Annual report on the lock hospitals of the Madras Presidency
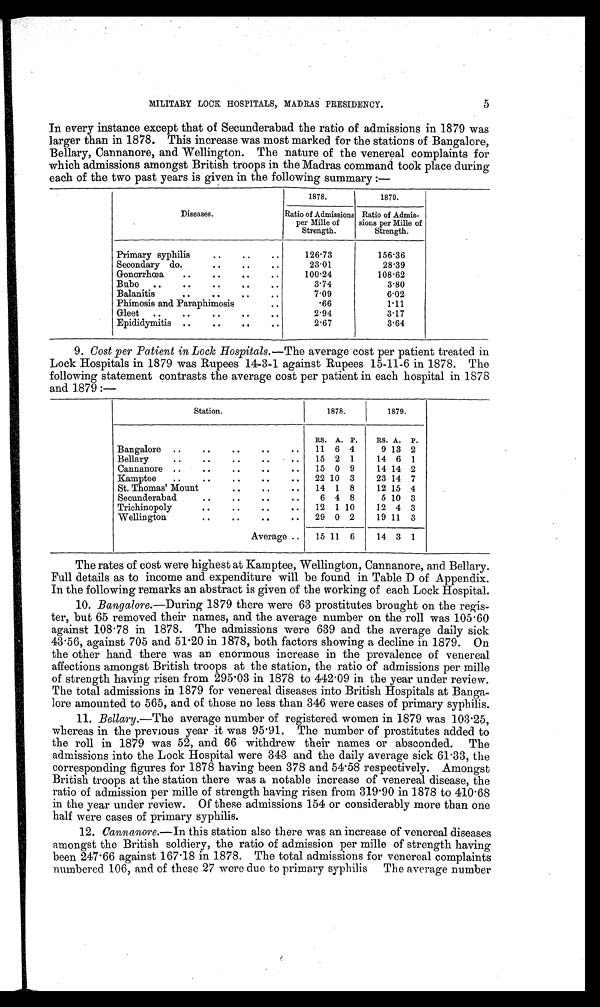
MILITARY LOCK HOSPITALS, MADRAS PRESIDENCY.
5
In every instance except that of Secunderabad the ratio of admissions in 1879 was
larger than in 1878. This increase was most marked for the stations of Bangalore,
Bellary, Cannanore, and Wellington. The nature of the venereal complaints for
which admissions amongst British troops in the Madras command took place during
each of the two past years is given in the following summary:—
Diseases.
1878.
1879.
Ratio of Admissions
per Mille of
Strength.
Ratio of Admis-
sions per Mille of
Strength.
Primary syphilis
.. .. ..
126.73
156.36
Secondary do.
..
.. ..
23.01
28.39
Gonorrhœa ..
.. .. ..
100.24
108.62
Bubo .. ..
..
.. ..
3.74
3.80
Balanitis
.. .. .. ..
7.09
6.02
Phimosis and Paraphimosis
..
66
1.11
Gleet .. ..
.. .. ..
2.94
3.17
Epididymitis ..
.. .. ..
2.67
3.64
9. Cost per Patient in Lock Hospitals.—The average cost per patient treated in
Lock Hospitals in 1879 was Rupees 14-3-1 against Rupees 15-11-6 in 1878. The
following statement contrasts the average cost per patient in each hospital in 1878
and 1879:—
Station.
1878.
1879.
RS. A. P. RS. A. P.
Bangalore ..
.. 11 6 4
9 13 2
Bellary
.. .. 15 2 1 14 6 1
Cannanore ..
.. 15 0 9 14 14 2
Kamptee ..
.. 22 10 3 23 14 7
St. Thomas' Mount
.. .. 14 1 8 12 15 4
.
Secunderabad
..
.. 6 4 8
5 10 3
Trichinopoly
.. .. .. 12 1 10 12 4 3
Wellington
.
.. .. 29 0 2 19 11 3
Average .. 15 11 6 14 3 1
The rates of cost were highest at Kamptee, Wellington, Cannanore, and Bellary.
Full details as to income and expenditure will be found in Table D of Appendix.
In the following remarks an abstract is given of the working of each Lock Hospital.
10.Bangalore.—During 1879 there were 63 prostitutes brought on the regis-
ter, but 65 removed their names, and the average number on the roll was 105.60
against 108.78 in 1878. The admissions were 639 and the average daily sick
43.56, against 705 and 51-20 in 1878, both factors showing a decline in 1879. On
the other hand there was an enormous increase in the prevalence of venereal
affections amongst British troops at the station, the ratio of admissions per mille
of strength having risen from 295.03 in 1878 to 442.09 in the year under review.
The total admissions in 1879 for venereal diseases into British Hospitals at Banga-
lore amounted to 565, and of those no less than 346 were cases of primary syphilis.
11.Bellary.-The average number of registered women in 1879 was 103.25,
whereas in the previous year it was 95.91. The number of prostitutes added to
the roll in 1879 was 52, and 66 withdrew their names or absconded. The
admissions into the Lock Hospital were 343 and the daily average sick 61.33, the
corresponding figures for 1878 having been 378 and 54.58 respectively. Amongst
British troops at the station there was a notable increase of venereal disease, the
ratio of admission per mille of strength having risen from 319.90 in 1878 to 410.68
in the year under review. Of these admissions 154 or considerably more than one
half were cases of primary syphilis.
12. Cannanore.-In this station also there was an increase of venereal diseases
amongst the British soldiery, the ratio of admission per mille of strength having
been 247.66 against 167.18 in 1878. The total admissions for venereal complaints
numbered 106, and of these 27 were due to primary syphilis The average number